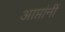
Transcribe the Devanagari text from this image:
आप्तांनीं